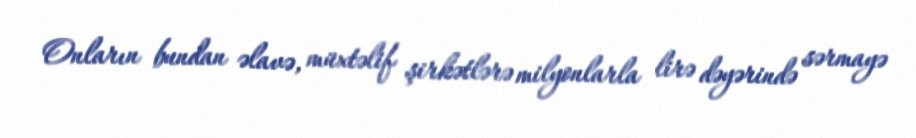
Onların bundan əlavə, müxtəlif şirkətlərə milyonlarla lirə dəyərində sərmayə